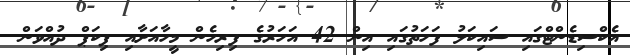
އެކްސިޑެންޓްގައި ސައިކަލު ފަހަތުގައި އިން 42 އަހަރުގެ ފިރިހެން މީހާއަށާއި ޕިކަޕް ދުއްވަން